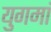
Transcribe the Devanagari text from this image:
युगमां